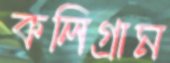
কলিগ্রাম